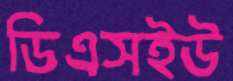
ডিএসইউ